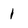
Character: 1